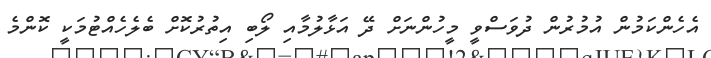
އެހެންކަމުން އުމުރުން ދުވަސްވީ މީހުންނަށް ދޭ އަޅާލުމާއި ލޯބި އިތުރުކޮށް ބެލެހެއްޓުމަކީ ކޮންމެ